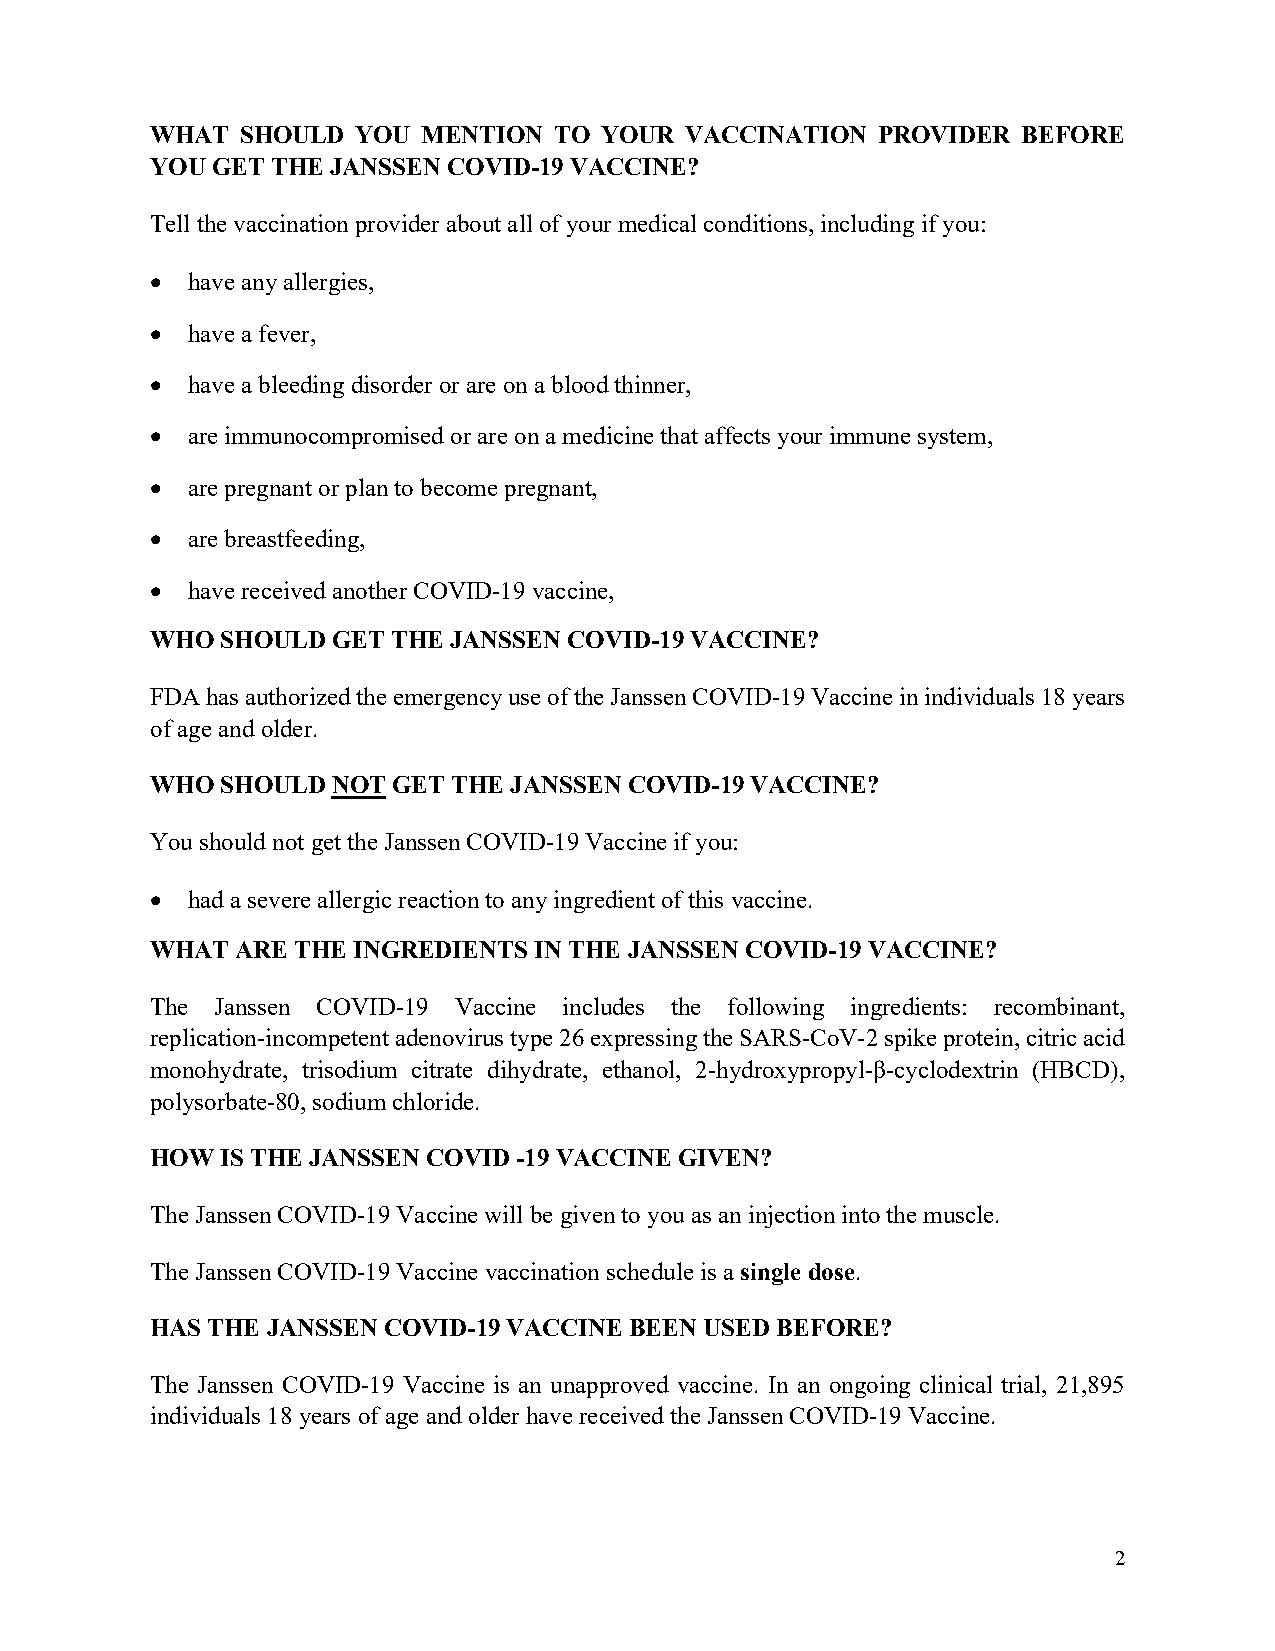
WHAT  SHOULD  YOU MENTION  TO YOUR VACCINATION  PROVIDER  BEFORE
 YOU GET THE JANSSEN COVID-19 VACCINE?
 Tell the vaccination provider about all of your medical conditions, including if you:
 • have any allergies,
 • have a fever,
 • have a bleeding disorder or are on a blood thinner,
 • are immunocompromised or are on a medicine that affects your immune system,
 • are pregnant or plan to become pregnant,
 • are breastfeeding,
 • have received another COVID-19 vaccine,
 WHO  SHOULD GET THE JANSSEN COVID-19 VACCINE?
 FDA has authorized the emergency use of the Janssen COVID-19 Vaccine in individuals 18 years
 of age and older.
 WHO  SHOULD NOT GET THE JANSSEN COVID-19 VACCINE?
 You should not get the Janssen COVID-19 Vaccine if you:
 • had a severe allergic reaction to any ingredient of this vaccine.
 WHAT  ARE THE INGREDIENTS IN THE JANSSEN COVID-19 VACCINE?
 The Janssen COVID-19 Vaccine includes the following ingredients: recombinant,
 replication-incompetent adenovirus type 26 expressing the SARS-CoV-2 spike protein, citric acid
 monohydrate, trisodium citrate dihydrate, ethanol, 2-hydroxypropyl-β-cyclodextrin (HBCD),
 polysorbate-80, sodium chloride.
 HOW  IS THE JANSSEN COVID -19 VACCINE GIVEN?
 The Janssen COVID-19 Vaccine will be given to you as an injection into the muscle.
 The Janssen COVID-19 Vaccine vaccination schedule is a single dose.
 HAS THE JANSSEN COVID-19 VACCINE BEEN USED BEFORE?
 The Janssen COVID-19 Vaccine is an unapproved vaccine. In an ongoing clinical trial, 21,895
 individuals 18 years of age and older have received the Janssen COVID-19 Vaccine.
 2